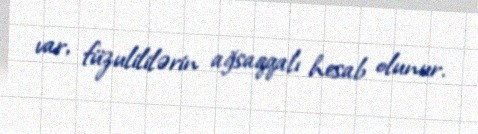
var, füzulililərin ağsaqqalı hesab olunur.